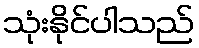
သုံးနိုင်ပါသည်